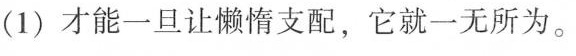
(1)才能一旦让懒惰支配，它就一无所为。